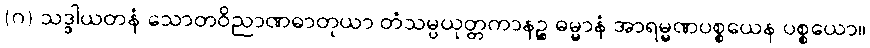
(ဂ) သဒ္ဒါယတနံ သောတဝိညာဏဓာတုယာ တံသမ္ပယုတ္တကာနဉ္စ ဓမ္မာနံ အာရမ္မဏပစ္စယေန ပစ္စယော။